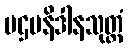
ပဌမနိဒါနသုတ္တံ